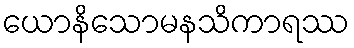
ယောနိသောမနသိကာရဿ